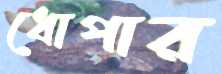
ধোপার